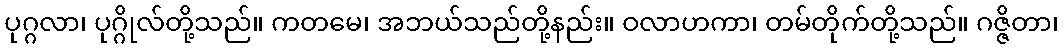
ပုဂ္ဂလာ၊ ပုဂ္ဂိုလ်တို့သည်။ ကတမေ၊ အဘယ်သည်တို့နည်း။ ဝလာဟကာ၊ တမ်တိုက်တို့သည်။ ဂဇ္ဇိတာ၊